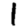
Digit: 1